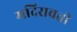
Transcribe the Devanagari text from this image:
मदिरावती